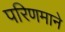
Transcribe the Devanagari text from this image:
परिणमाने